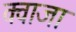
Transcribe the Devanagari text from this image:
क्वाजा